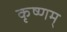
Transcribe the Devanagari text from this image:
कृष्णम्